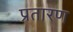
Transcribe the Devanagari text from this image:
प्रतारण